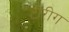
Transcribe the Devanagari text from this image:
टोरीग